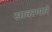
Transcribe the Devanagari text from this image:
सावरणारे